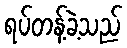
ရပ်တန့်ခဲ့သည်